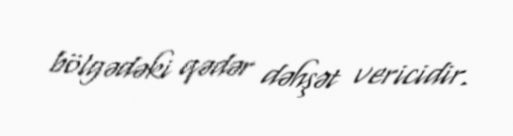
bölgədəki qədər dəhşət vericidir.